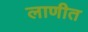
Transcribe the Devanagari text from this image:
लाणीत